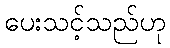
ပေးသင့်သည်ဟု